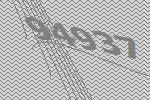
94937